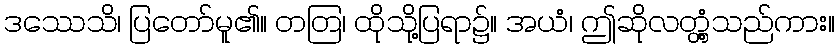
ဒဿေသိ၊ ပြတော်မူ၏။ တတြ၊ ထိုသို့ပြရာ၌။ အယံ၊ ဤဆိုလတ္တံ့သည်ကား။